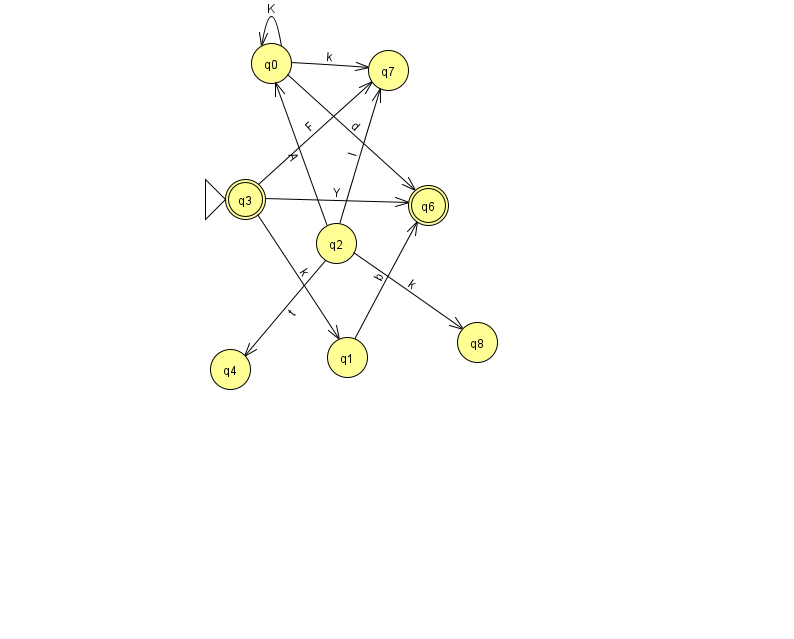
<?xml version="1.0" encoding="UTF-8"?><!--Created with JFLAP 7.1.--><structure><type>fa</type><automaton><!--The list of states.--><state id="0" name="q0"><x>271.0</x><y>50.0</y></state><state id="1" name="q1"><x>347.0</x><y>344.0</y></state><state id="2" name="q2"><x>336.0</x><y>230.0</y></state><state id="3" name="q3"><x>245.0</x><y>186.0</y><initial/><final/></state><state id="4" name="q4"><x>230.0</x><y>356.0</y></state><state id="6" name="q6"><x>428.0</x><y>192.0</y><final/></state><state id="7" name="q7"><x>388.0</x><y>57.0</y></state><state id="8" name="q8"><x>477.0</x><y>329.0</y></state><!--The list of transitions.--><transition><from>1</from><to>6</to><read>b</read></transition><transition><from>0</from><to>7</to><read>k</read></transition><transition><from>2</from><to>4</to><read>t</read></transition><transition><from>2</from><to>7</to><read>I</read></transition><transition><from>3</from><to>7</to><read>F</read></transition><transition><from>2</from><to>0</to><read>A</read></transition><transition><from>2</from><to>8</to><read>k</read></transition><transition><from>0</from><to>6</to><read>d</read></transition><transition><from>3</from><to>1</to><read>k</read></transition><transition><from>3</from><to>6</to><read>Y</read></transition><transition><from>0</from><to>0</to><read>K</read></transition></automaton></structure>